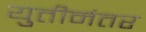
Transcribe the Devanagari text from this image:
युतीनंतर